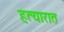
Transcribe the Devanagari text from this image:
हत्यारात